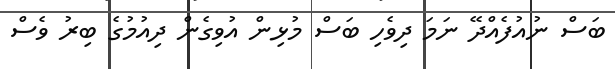
ބަސް ނުއުފެއްދޭ ނަމަ ދިވެހި ބަސް މުޅިން އުވިގެން ދިއުމުގެ ބިރު ވެސް